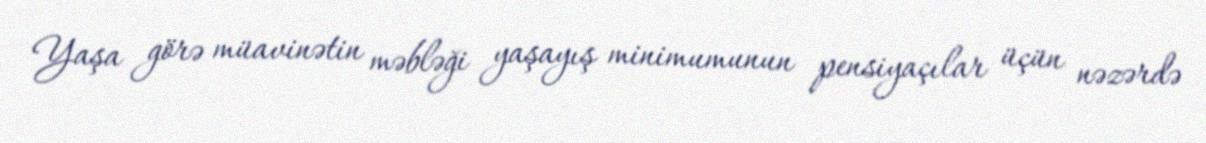
Yaşa görə müavinətin məbləği yaşayış minimumunun pensiyaçılar üçün nəzərdə